画像に写った文字を読んでください
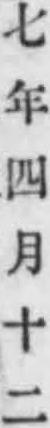
「七年四月十二」と書いてあります